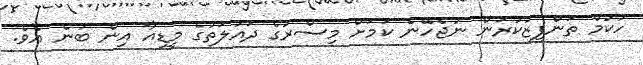
ހުކުމް ތަންފީޒުކުރަން ނުޖެހޭނެ ކަމަށް މިސްރުގެ ދައުލަތުގެ މީޑިއާ އިން ބުނެ އެވެ.